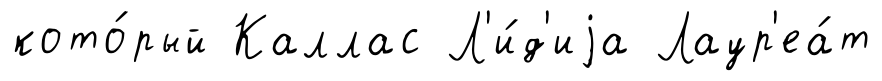
кото́рый Каллас Л'и́д'иjа Лаур'еа́т